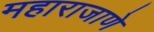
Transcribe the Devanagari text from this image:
महाराजाणे